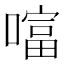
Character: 𠾙